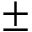
\pm